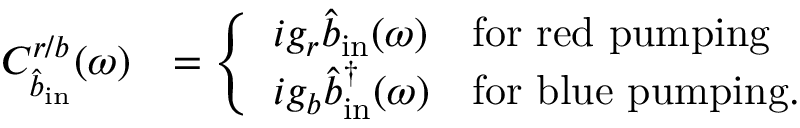
\begin{array} { r l } { C _ { \hat { b } _ { \mathrm { i n } } } ^ { r / b } ( \omega ) } & { = \left\{ \begin{array} { l l } { i g _ { r } \hat { b } _ { \mathrm { i n } } ( \omega ) } & { \mathrm { f o r ~ r e d ~ p u m p i n g } } \\ { i g _ { b } \hat { b } _ { \mathrm { i n } } ^ { \dagger } ( \omega ) } & { \mathrm { f o r ~ b l u e ~ p u m p i n g . } } \end{array} \right. } \end{array}